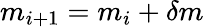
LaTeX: m_{i+1}=m_{i}+\delta m